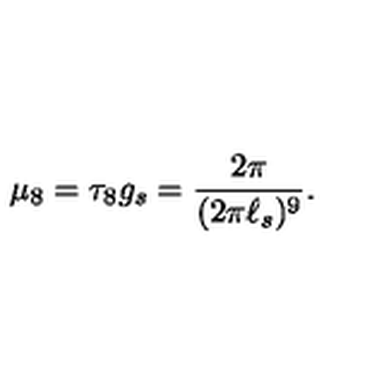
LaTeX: \mu _ { 8 } = \tau _ { 8 } g _ { s } = \frac { 2 \pi } { ( 2 \pi \ell _ { s } ) ^ { 9 } } .